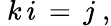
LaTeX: ~k\, i\, =\, j~,